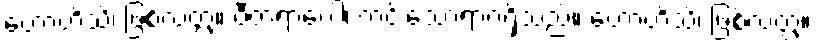
ဟောဟိသိ၊ ဖြစ်လတ္တံ့။ ဝီတရာဂေါ၊ ကင်းသောရာဂရှိသည်။ ဟောဟိသိ၊ ဖြစ်လတ္တံ့။